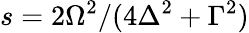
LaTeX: s={2\Omega^{2}}/({4\Delta^{2}+\Gamma^{2}})